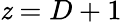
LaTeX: \mathit{z}=D+1